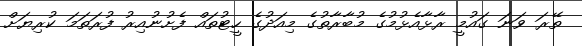
ތޭރަ ވަނަ ގައުމީ ރާޅާއެޅުމުގެ މުބާރާތުގެ މިއަދުގެ ހީޓުތައް ފެށުނުއިރު ފުރަތަމަ ކުރިޔަށް